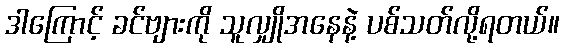
ဒါကြောင့် ခင်ဗျားကို သူလျှိုအနေနဲ့ ပစ်သတ်လို့ရတယ်။